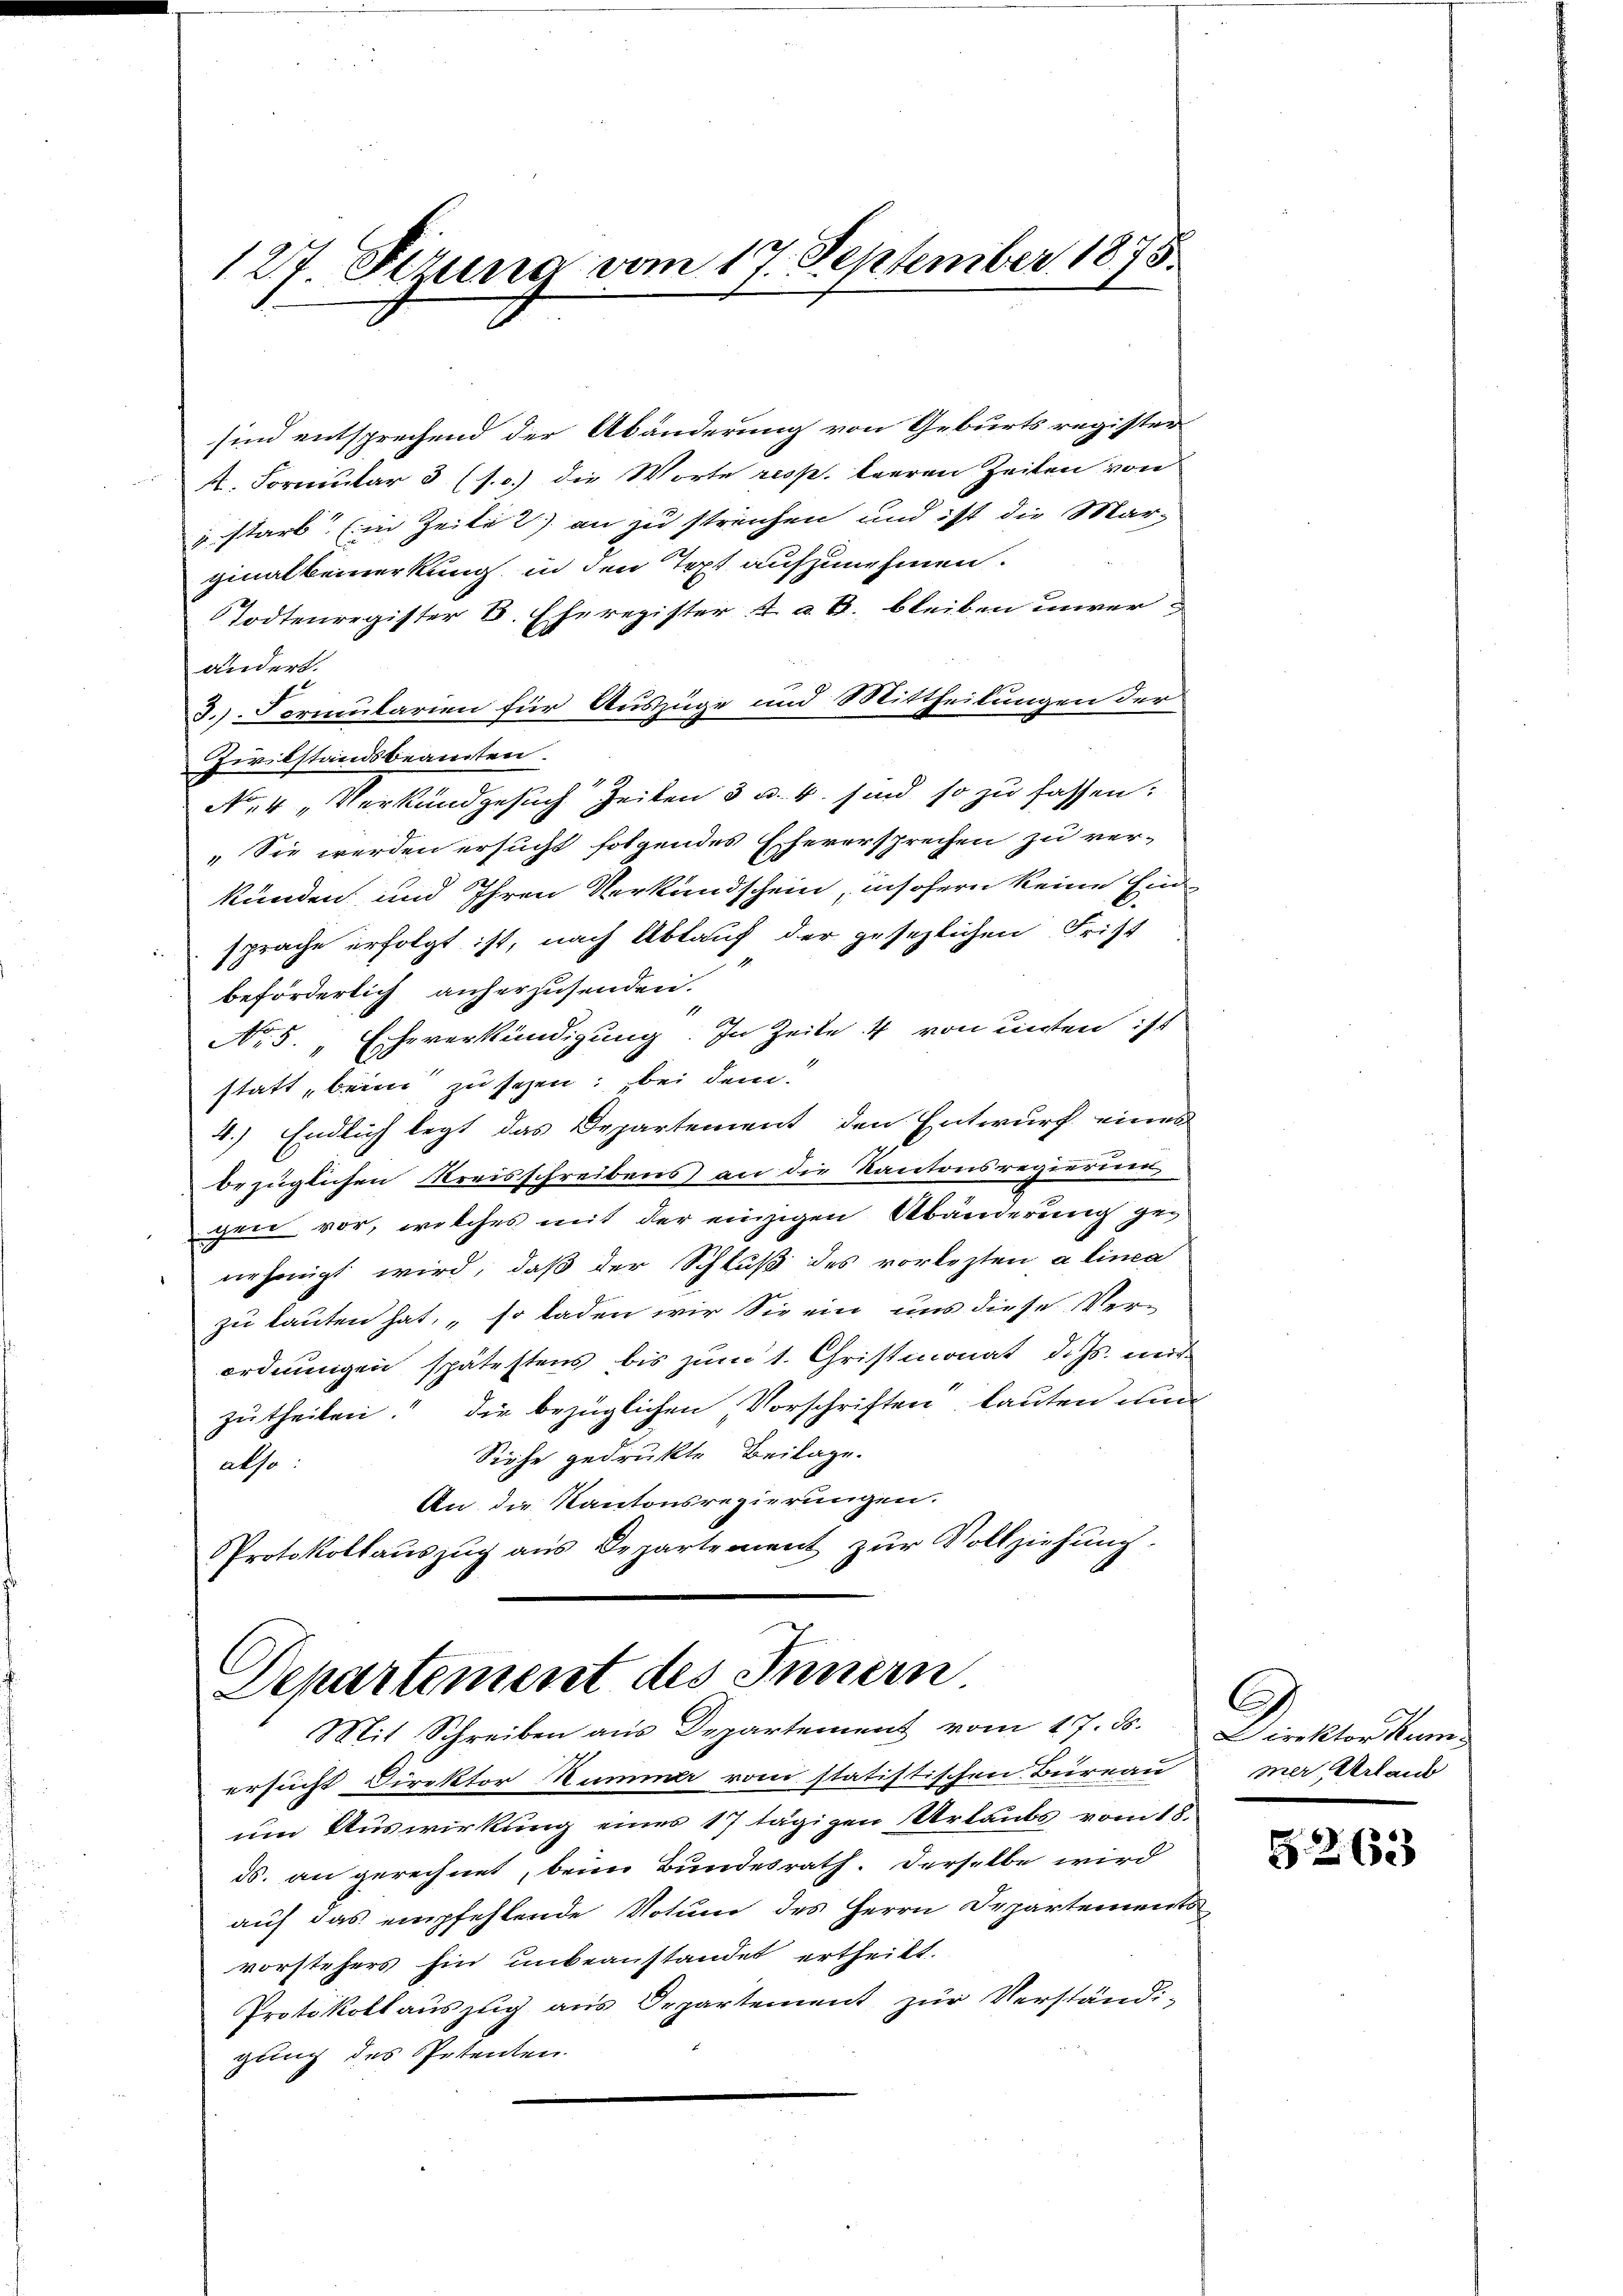
127. Sizung vom 17. September 1875.

sind entsprechend der Abänderung von Geburts register
4. Formular 3 (s. c.) die Worte resp. leeren Zeiten von
" starb. (in Zeite 2) an zu streichen und ist die Mar-
ginalbemerkung, in den Text aufzunehmen.
Todtenregister S. Eheregister 2 a u. bleiben unveraidert.
3.) Formularien für Auszüge und Mittheilungen der
Zivilstandsbeamten.
No. 4 Verkundgesuch Zeiten 3 u. 4. sind so zu fassen:
" Sie werden ersucht folgendes Eherersprechen zu ver-
kunden und Ihren Verkundschein, insofern keine Ein
sprache erfolgt ist, nach Ablauf der gesezlichen Frist
beförderlich anherzusenden.
No. 5. „Eheverkündigung. In Zeite 4 von unten ist
statt, beim zu sehen; bei dem
4.) Endlich legt das Departement den Entwurf eines
bezüglichen Kreisschreibens an die Kantonsregierung
geer vor, welches mit der einzigen Abänderung ge-
nehmigt wird, daß der Schluß des vorlezten a linea
zu lauten hat, so laden wir Sie ein uns diese Ver-
ordnŭngen spätestens bis zŭm 1. Christmonat d. Js. neid
zutheilen. Die bezüglichen Vorschriften lauten und
Siehe gedrukte Beilage.
also:
An die Kantonsregierungen.
Protokollauszug aus Departement zŭr Vollziehung.

Departement des Innern
Mit Schreiben aus Departement vom 17. ds. Direktor Kran¬

ersucht Direktor Kummer vom statistischen Büreau
um Auswirkung eines 17 tägigen Urlaubs vom 18.
ds. an gerechnet, beim Bundesrath. Derselbe wird
auf das empfehlende Votum des Herrn Departements
vorstehers hin unbeanstandet ertheilt.
Protokollauszug aus Departement zur Verständi-
gung des Petenten.

.
mer, Urlaub

G. 263